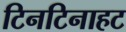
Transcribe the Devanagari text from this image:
टिनटिनाहट